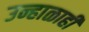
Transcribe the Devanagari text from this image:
उन्हाळाही